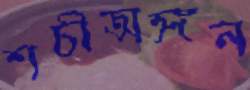
শচীঅঙ্গন